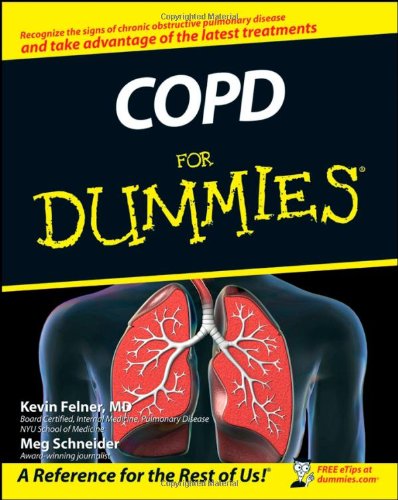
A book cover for COPD For Dummies; Kevin Felner; Health, Fitness & Dieting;